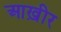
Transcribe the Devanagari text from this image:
आख़ीर